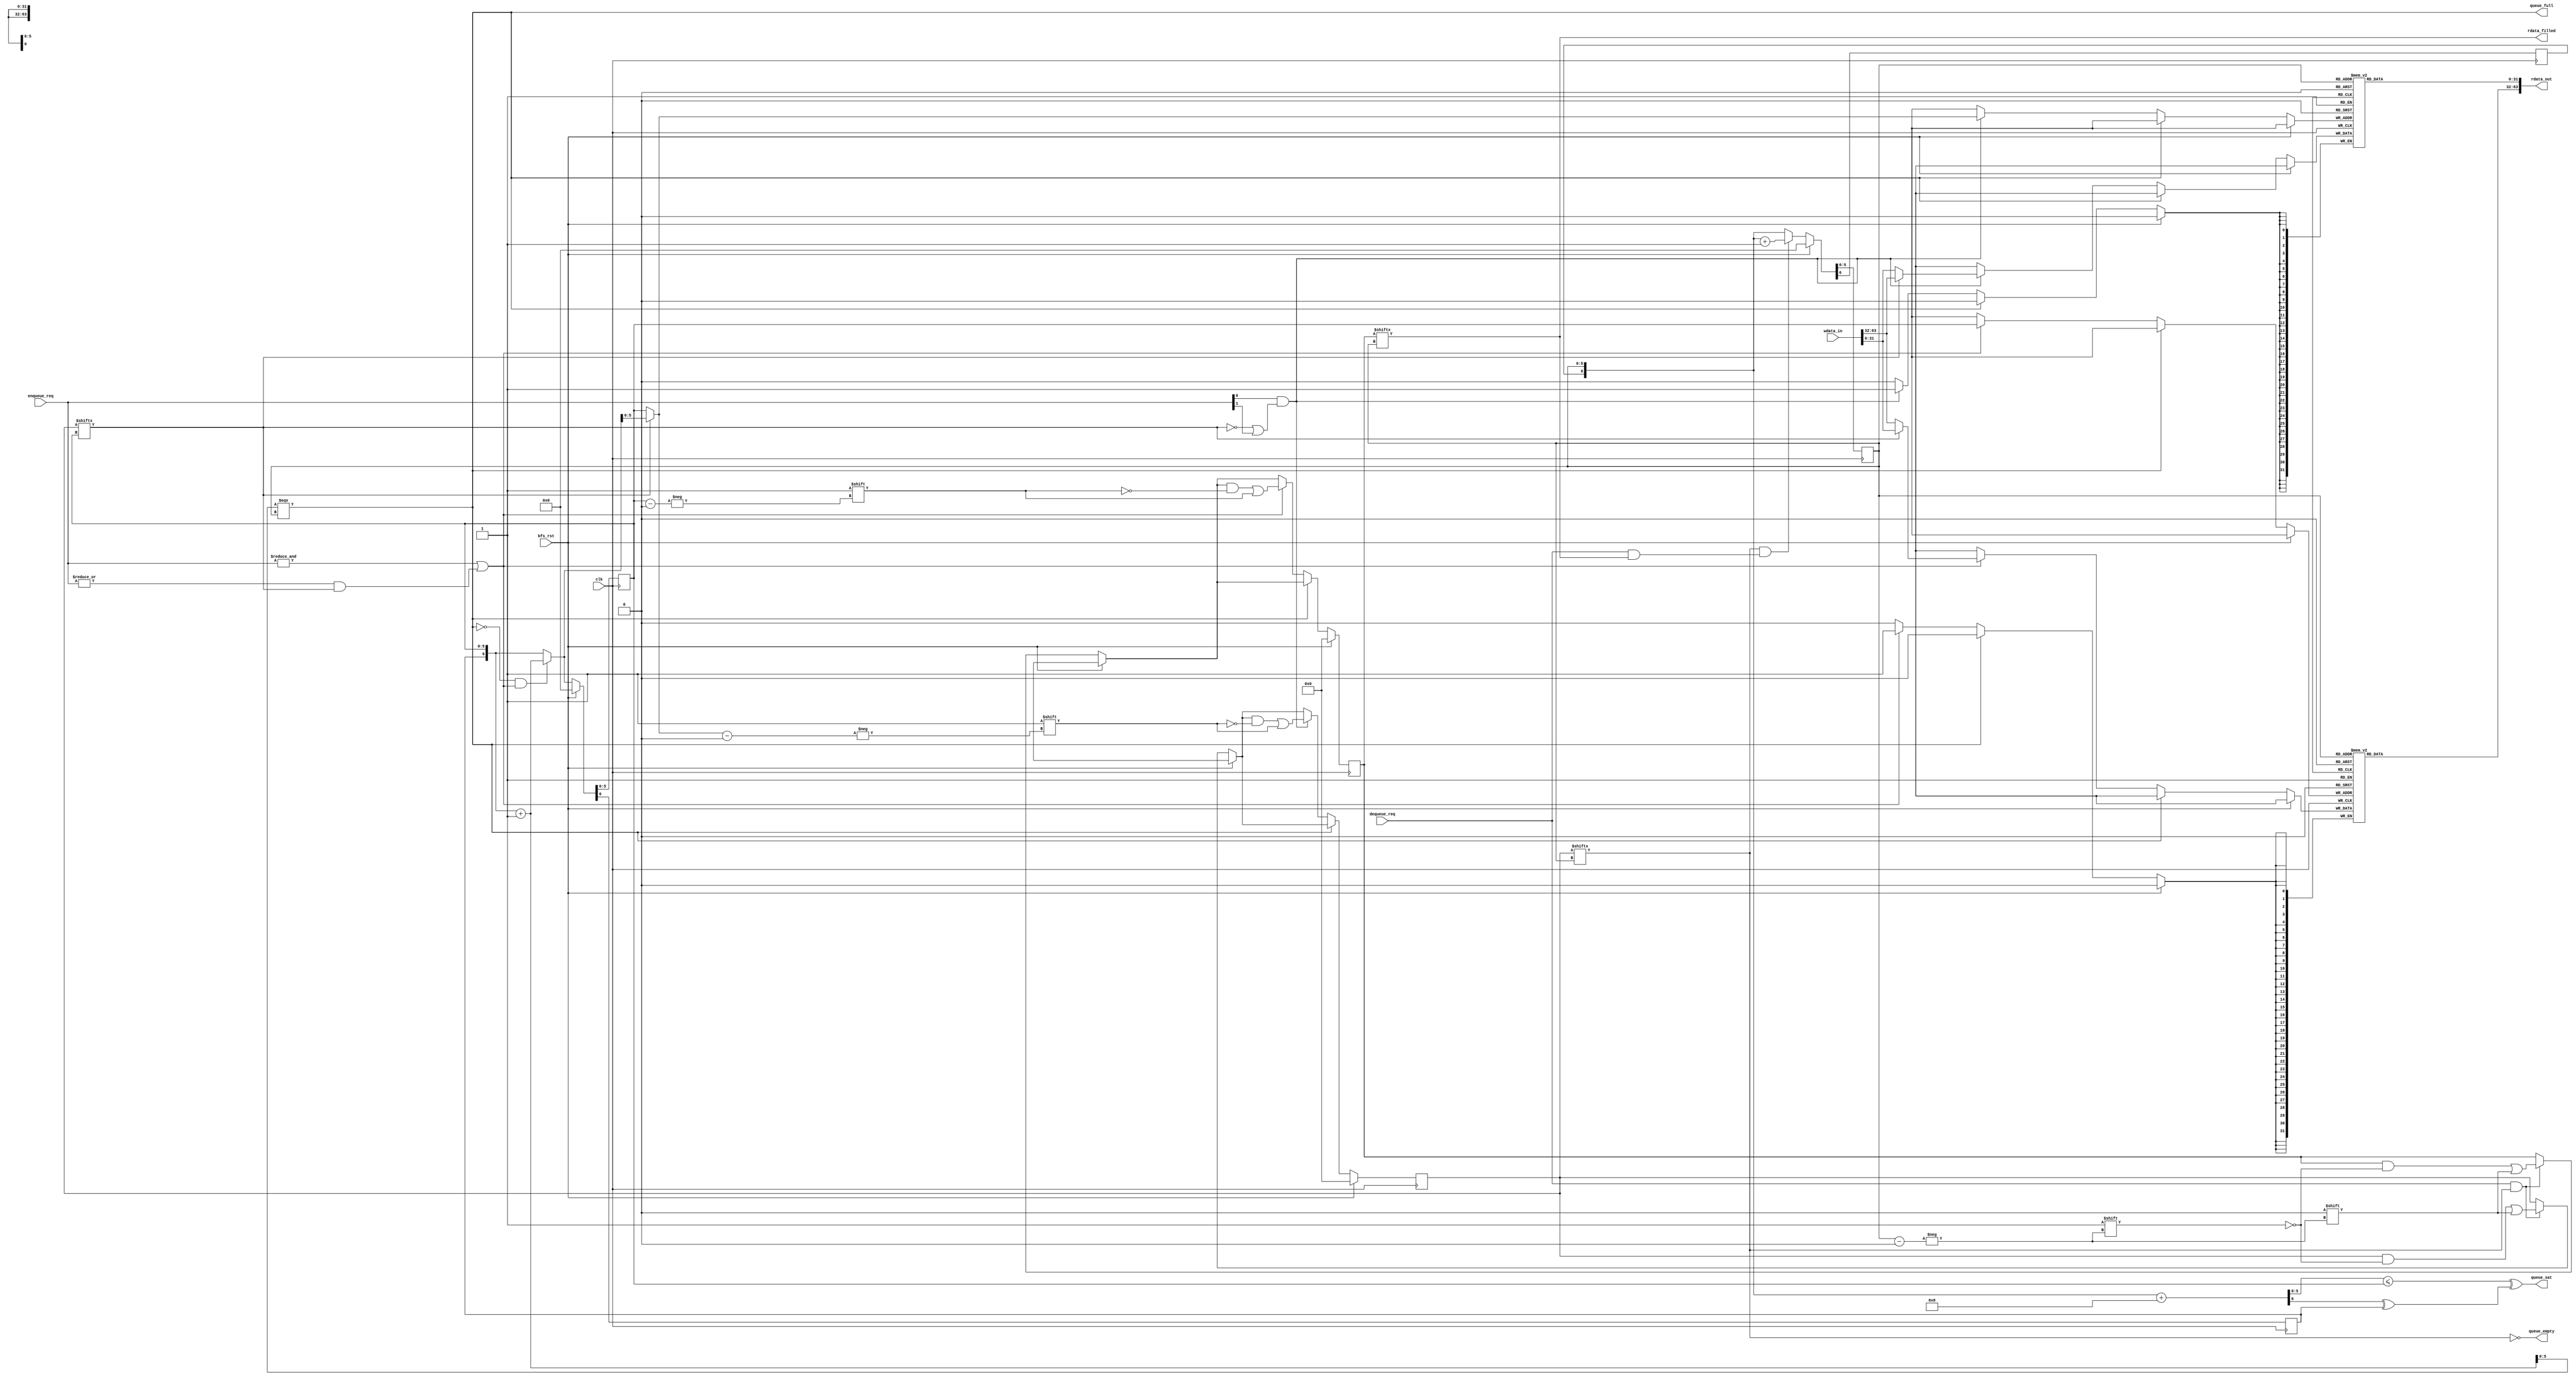
// Supports dual enqueue and dual dequeue.
// Can enqueue to multiple rows, but dequeue from only one
module queue_out #(
  parameter Q_SIZE = 64
  )(
  input        clk,
  input        bfs_rst,

  // core interface
  input [1:0]  enqueue_req,
  input [63:0] wdata_in,
  input        dequeue_req,
  output [63:0] rdata_out,
  output        rdata_filled,
  output       queue_sat,
  output       queue_full,
  output       queue_empty);

  // Main Queue
  reg [31:0]      buf_addr0[Q_SIZE-1:0];
  reg [31:0]      buf_addr1[Q_SIZE-1:0];
  reg [Q_SIZE-1:0] buf_valid0;
  reg [Q_SIZE-1:0] buf_valid01; // Set if both 0 and 1 valid

  reg [$clog2(Q_SIZE)-1:0] buf_head, buf_tail;
  reg                     buf_head_pol, buf_tail_pol;
  wire [$clog2(Q_SIZE)-1:0] bt, bh8;
  wire                     bt_pol, bh8_pol;

  wire [$clog2(Q_SIZE):0]  buf_head_next, buf_tail_next;
  wire                    head_double;
  wire                    tail_single;
  wire                    advance_head;
  wire                    advance_tail;

  // Determine whether to insert 0 at current/next row
  wire [$clog2(Q_SIZE)-1:0] buf_tail0;
  assign buf_tail0 = tail_single ? buf_tail_next[$clog2(Q_SIZE)-1:0] : buf_tail;

  // Enqueue[0]: low 32 bits of wdata_in; Enqueue[1]: high 32 bits of wdata_in
  always @(posedge clk) begin
    if (bfs_rst) begin 
      buf_valid0 <= 0;
      buf_valid01 <= 0;
    end else begin
      // Dequeuing: Always invalidate both
      if (dequeue_req & ~queue_empty) begin
        buf_valid01[buf_head] <= 0;
        buf_valid0[buf_head] <= 0;
      end
      // Enqueuing
      if (~queue_full) begin
        // Enqueue to 1
        if (advance_tail) begin
          buf_valid01[buf_tail] <= 1;
          buf_addr1[buf_tail] <= (tail_single ? wdata_in[31:0] : wdata_in[63:32]);
        end
        // Enqueue to 0
        if (enqueue_req[0] & (~tail_single | enqueue_req[1])) begin
          buf_valid0[buf_tail0] <= 1;
          buf_addr0[buf_tail0] <= (tail_single ? wdata_in[63:32] : wdata_in[31:0]);
        end
      end
    end
  end

  assign head_double = buf_valid01[buf_head];
  assign advance_head = dequeue_req & head_double;

  assign tail_single = buf_valid0[buf_tail];
  assign advance_tail = (&enqueue_req | (|enqueue_req & tail_single));

  assign buf_tail_next = (~queue_full & advance_tail) ? 
                            {buf_tail_pol, buf_tail} + 1 : {buf_tail_pol, buf_tail};
  assign buf_head_next = (~queue_empty & advance_head) ? 
                            {buf_head_pol, buf_head} + 1 : {buf_head_pol, buf_head};

  // buf sequencing
  always @(posedge clk) begin
    if (bfs_rst) begin
      {buf_head_pol, buf_head} <= 0;
      {buf_tail_pol, buf_tail} <= 0;
    end else begin
      {buf_head_pol, buf_head} <= buf_head_next;
      {buf_tail_pol, buf_tail} <= buf_tail_next;
    end
  end


  wire wraparound = (buf_head_pol ^ buf_tail_pol);
  wire pt_eq = (buf_head === buf_tail);

  // Sim hack to check buf_head === buf_tail + 1
  assign {bt_pol, bt} = {buf_tail_pol, buf_tail} + 1;
  wire pt_full = (bt === buf_head);

  assign {bh8_pol, bh8} = {buf_head_pol, buf_head} + 8;
  assign queue_sat = (bh8 <= buf_tail) ^ (bh8_pol ^ buf_tail_pol);

  assign queue_full = pt_full;
  assign queue_empty = ~buf_valid0[buf_head];
  
  assign rdata_out = {buf_addr1[buf_head], buf_addr0[buf_head]};
  assign rdata_filled = buf_valid01[buf_head];

  // Debugging
  wire [63:0] tail_data;
  assign tail_data = {buf_addr1[buf_tail], buf_addr0[buf_tail]};

endmodule